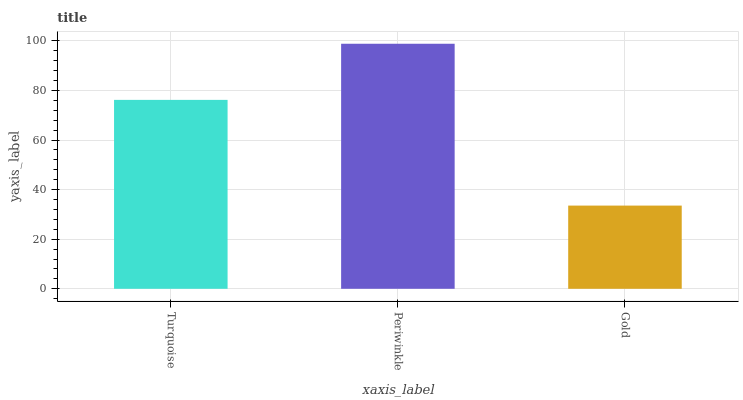
| xaxis_label | bars |
 | --- | --- |
 | Turquoise | 76.2 |
 | Periwinkle | 98.8 |
 | Gold | 33.6 |